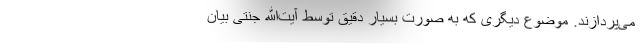
می‌پردازند. موضوع دیگری که به صورت بسیار دقیق توسط آیت‌الله جنتی بیان